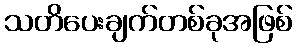
သတိပေးချက်တစ်ခုအဖြစ်